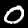
Label: 0